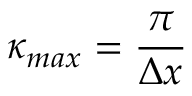
\kappa _ { m a x } = \frac { \pi } { \Delta x }